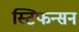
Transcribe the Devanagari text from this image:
स्टिफन्सन